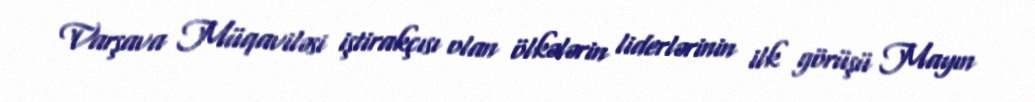
Varşava Müqaviləsi iştirakçısı olan ölkələrin liderlərinin ilk görüşü Mayın